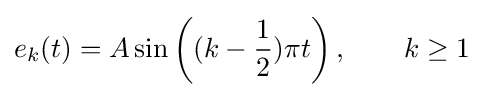
e_{k}(t)=A\sin \left((k-{\frac {1}{2}})\pi t\right),\qquad k\geq 1